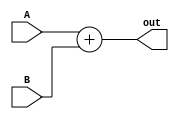
`timescale 1ns / 1ps
//////////////////////////////////////////////////////////////////////////////////
// Company: 
// Engineer: 
// 
// Design Name: 
// Module Name: XNOR2
// Project Name: 
// Target Devices: 
// Tool Versions: 
// Description: 
// 
// Dependencies: 
// 
// Revision:
// Revision 0.01 - File Created
// Additional Comments:
// 
//////////////////////////////////////////////////////////////////////////////////

module Adder32Bit(A, B, out);
    input [31:0] A, B;
    output reg [31:0] out;
    
    always@(A, B) begin
        out <= A + B;
    end
    
endmodule